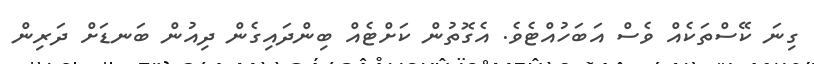
ގިނަ ކޭސްތަކެއް ވެސް އަބަހުއްޓެވެ. އެގޮތުން ކަށްޓެއް ބިންދައިގެން ދިއުން ބަނޑަށް ދަރިން